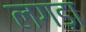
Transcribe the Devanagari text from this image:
लगड़ा